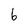
Character: b